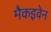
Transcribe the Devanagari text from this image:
मैकइवेन